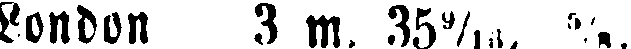
London 3m. 35#, ⅝.